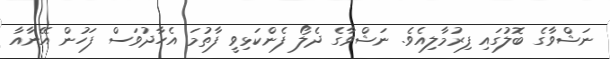
ނަޝްވާގެ ބޮލުގައި ފިރުމާލިއެވެ. ނަޝްވާގެ ދެލޯ ފެންކަޅިވީ ފާތުމަ އެހާދުވަސް ފަހުން އޭނާއާ